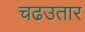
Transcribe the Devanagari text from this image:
चढउतार